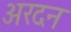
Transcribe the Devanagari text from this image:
अरदन